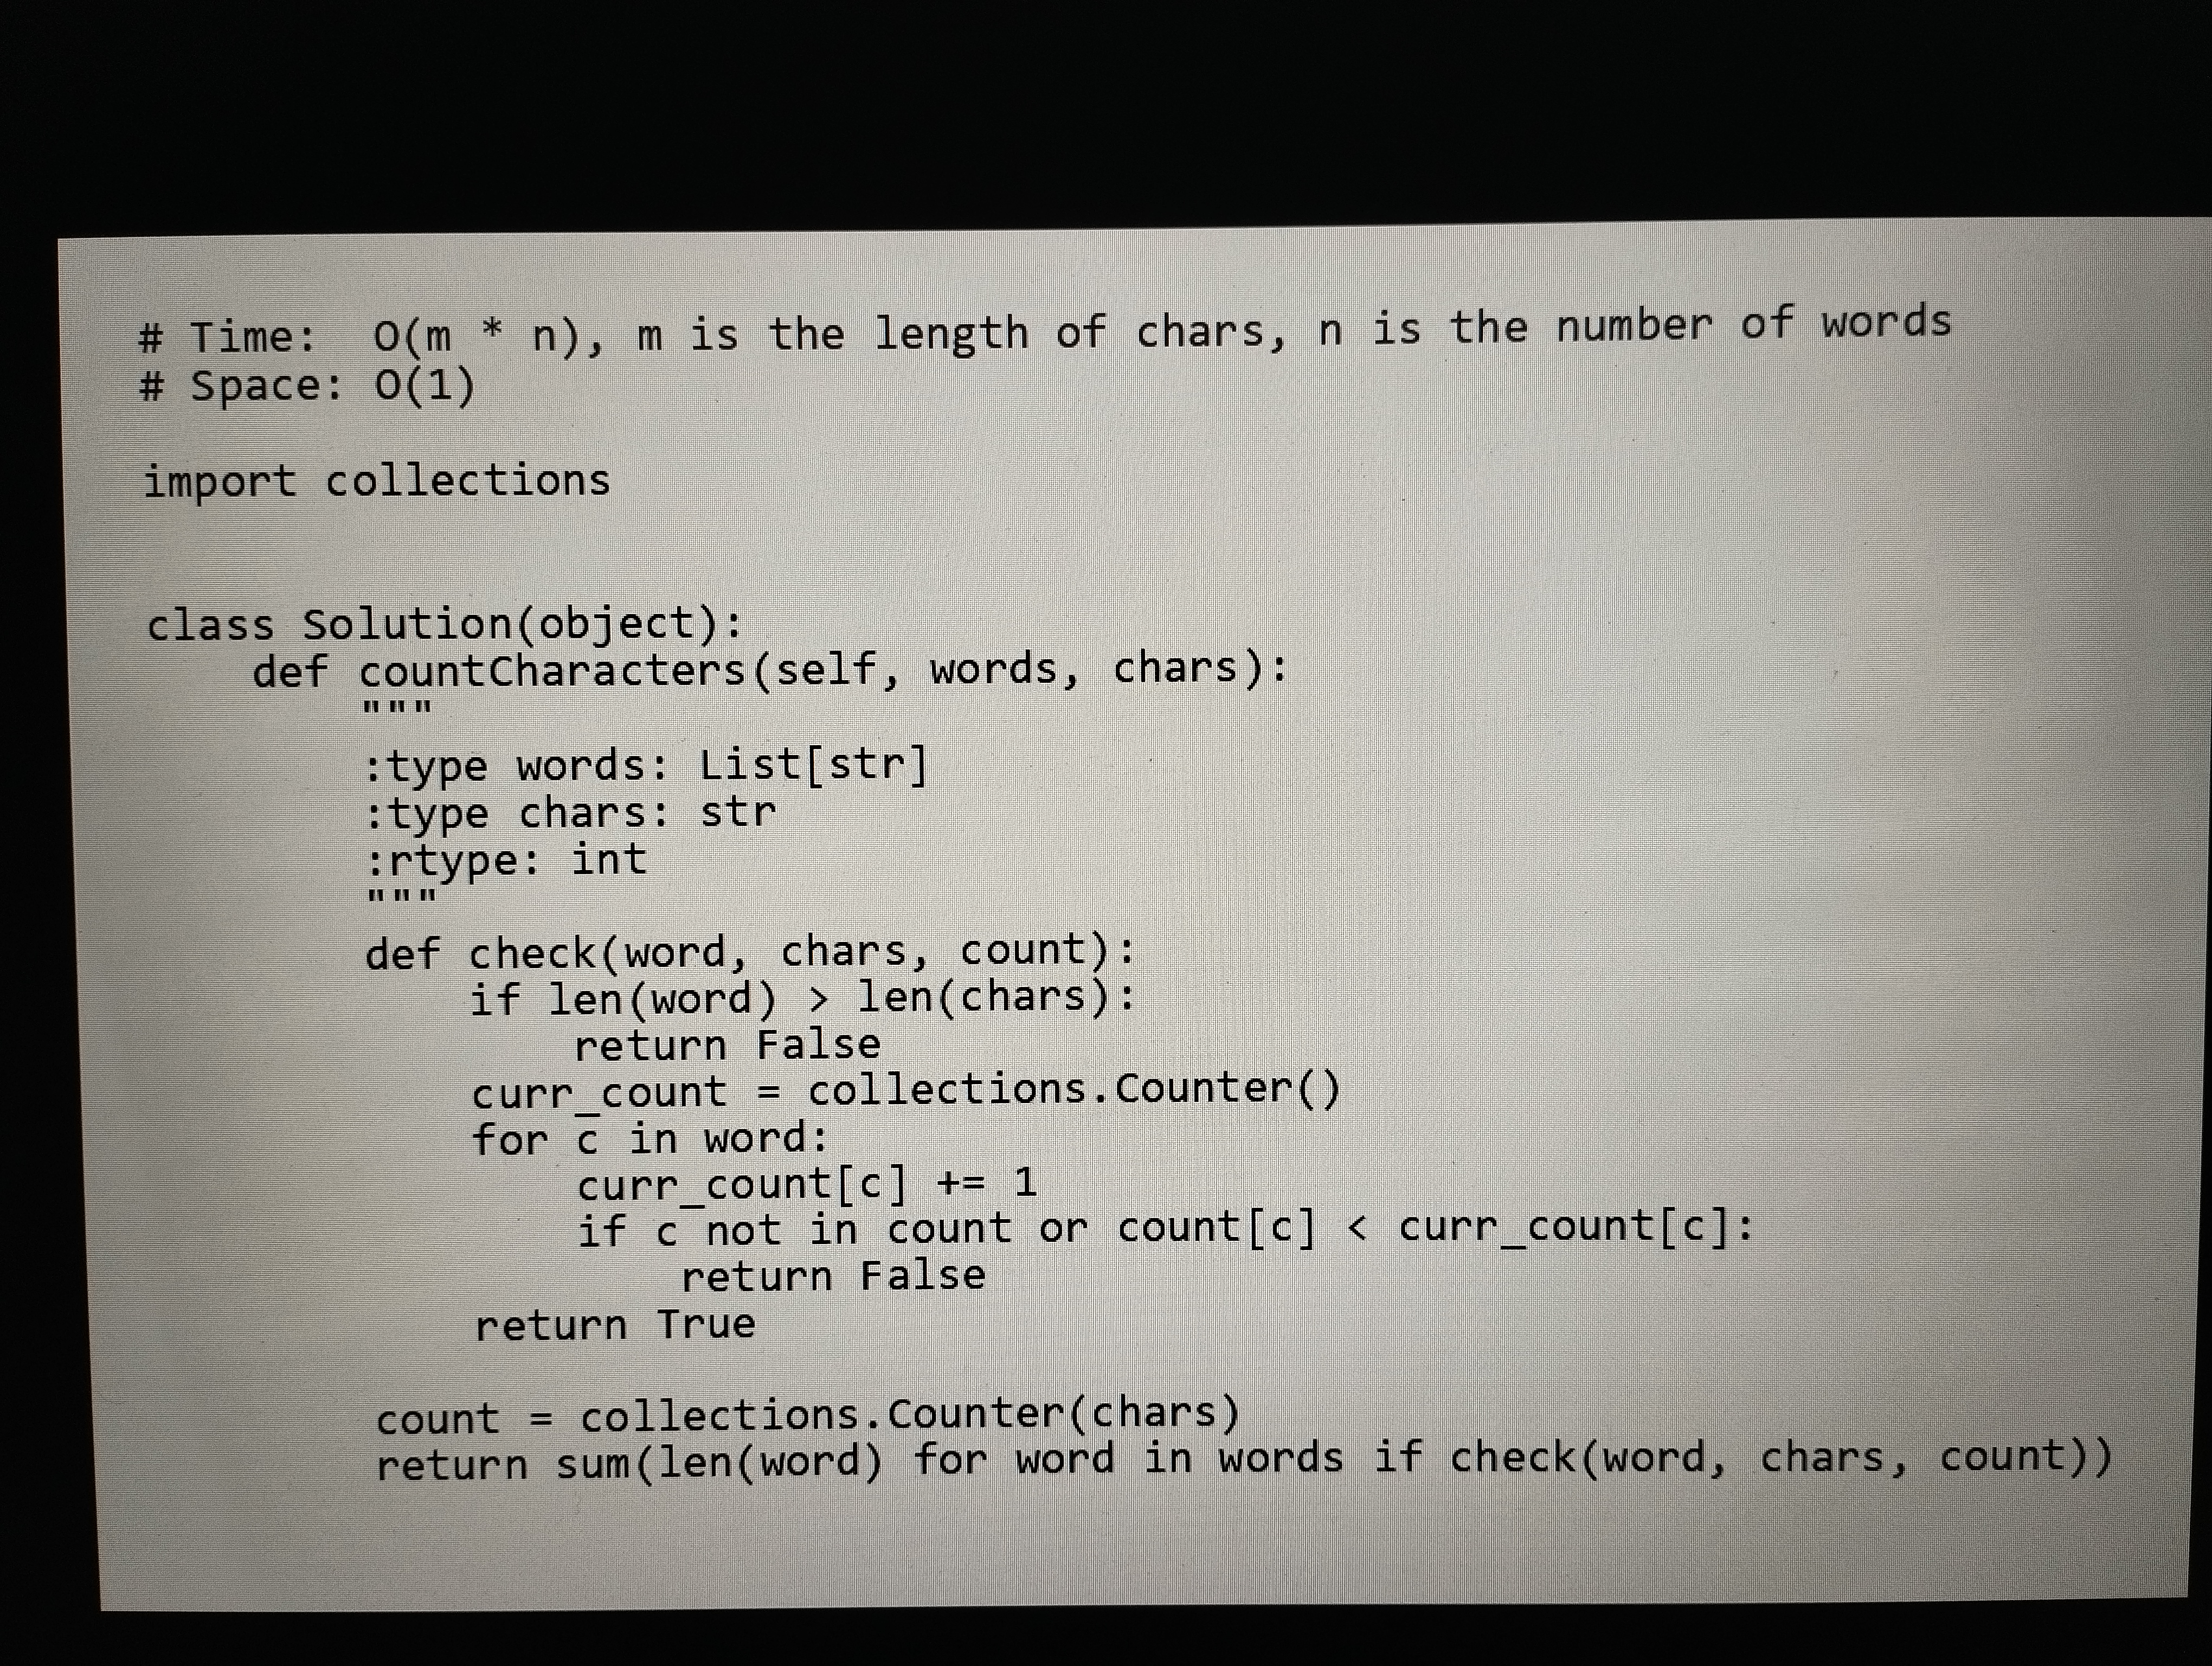
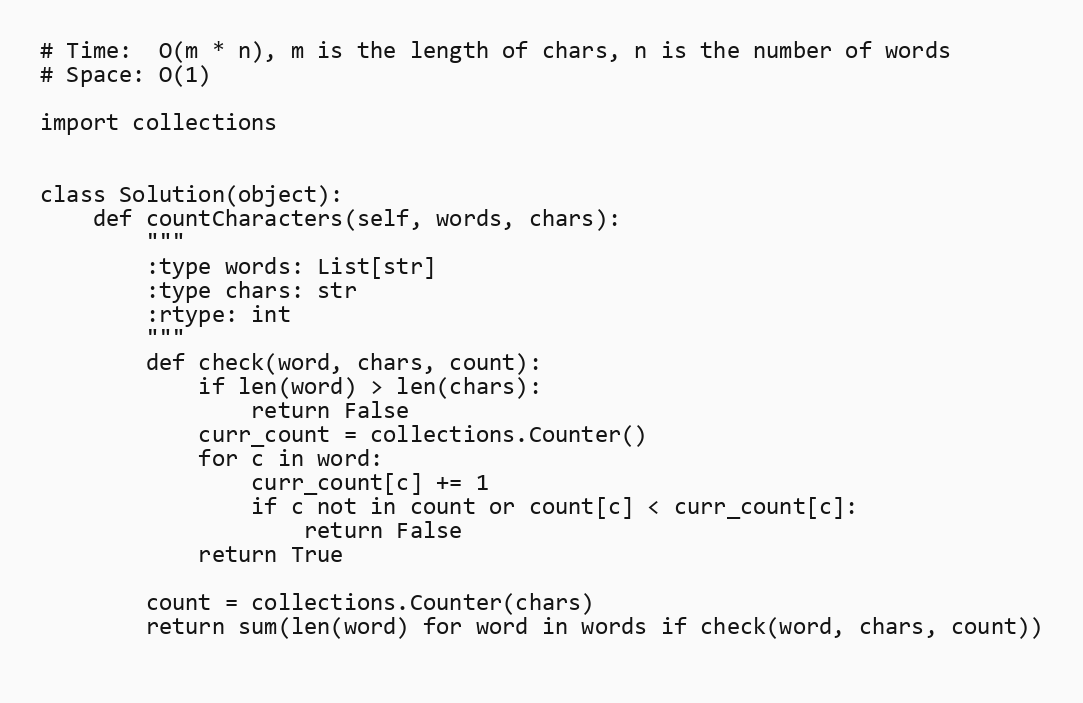
# Time:  O(m * n), m is the length of chars, n is the number of words
# Space: O(1)

import collections

class Solution(object):
    def countCharacters(self, words, chars):
        """
        :type words: List[str]
        :type chars: str
        :rtype: int
        """
        def check(word, chars, count):
            if len(word) > len(chars):
                return False
            curr_count = collections.Counter()
            for c in word:
                curr_count[c] += 1
                if c not in count or count[c] < curr_count[c]:
                    return False
            return True

        count = collections.Counter(chars)
        return sum(len(word) for word in words if check(word, chars, count))